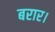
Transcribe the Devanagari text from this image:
बरार।